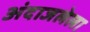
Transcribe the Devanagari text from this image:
अंदाजलेला